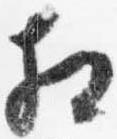
相